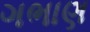
ગભાણ